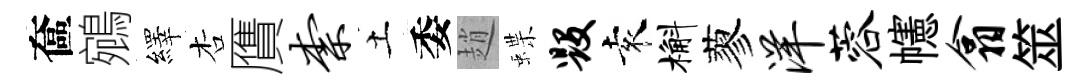
奩鵷繹杏贋柰土委趙蝶毁袁槲蓼洋蓉幰翕筮